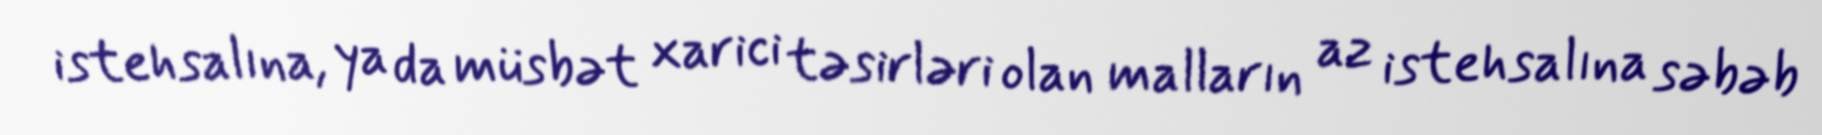
istehsalına, ya da müsbət xarici təsirləri olan malların az istehsalına səbəb